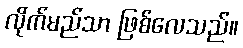
လိုက်မည်သာ ဖြစ်လေသည်။